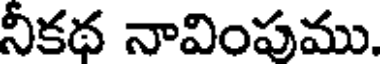
నీకథ నావింపము.